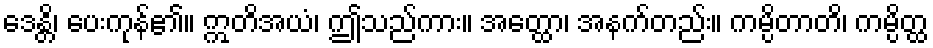
ဒေန္တိ၊ ပေးကုန်၏။ ဣတိအယံ၊ ဤသည်ကား။ အတ္ထော၊ အနက်တည်း။ ကမ္ပိတာတိ၊ ကမ္ပိတ္ထ